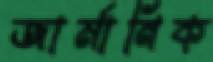
জার্মানিক